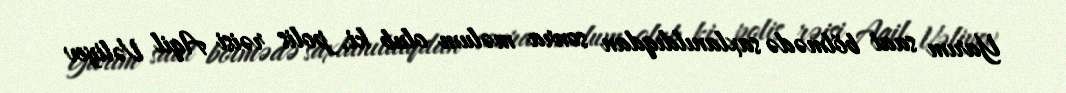
Yarım saat bölmədə saxlanıldıqdan sonra məlum olub ki, polis rəisi Aqil Vəliyev